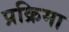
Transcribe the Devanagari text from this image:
प्रक्रिमा